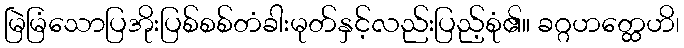
မြဲမြံသောပြအိုးပြစ်စစ်တံခါးမုတ်နှင့်လည်းပြည့်စုံ၏။ ခဂ္ဂဟတ္ထေဟိ၊